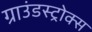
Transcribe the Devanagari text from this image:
ग्राउंडस्ट्रोक्स